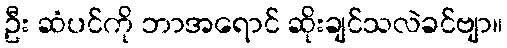
ဦး ဆံပင်ကို ဘာအရောင် ဆိုးချင်သလဲခင်ဗျာ။